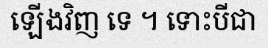
ឡើងវិញ ទេ ។ ទោះបីជា